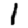
Digit: 1